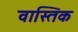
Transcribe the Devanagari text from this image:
वास्तिक